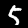
Digit: 5